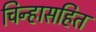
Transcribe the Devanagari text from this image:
चिन्हासहित